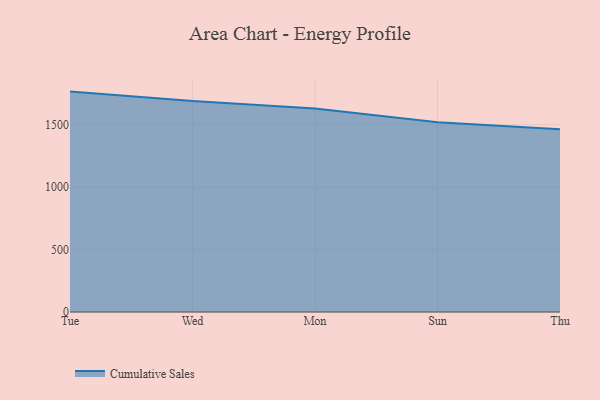
{"axis": {"x": "Day", "y": "Conversion Rate (%)"}, "legend": ["Cumulative Sales"], "data": [{"x": "Tue", "y": 1764.8, "type": "Cumulative Sales"}, {"x": "Wed", "y": 1689.2, "type": "Cumulative Sales"}, {"x": "Mon", "y": 1628.9, "type": "Cumulative Sales"}, {"x": "Sun", "y": 1518.9, "type": "Cumulative Sales"}, {"x": "Thu", "y": 1463.6, "type": "Cumulative Sales"}]}